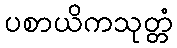
ပစာယိကသုတ္တံ